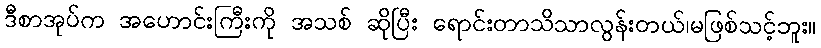
ဒီစာအုပ်က အဟောင်းကြီးကို အသစ် ဆိုပြီး ရောင်းတာသိသာလွန်းတယ်၊မဖြစ်သင့်ဘူး။